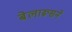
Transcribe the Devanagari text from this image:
बेलारूसने